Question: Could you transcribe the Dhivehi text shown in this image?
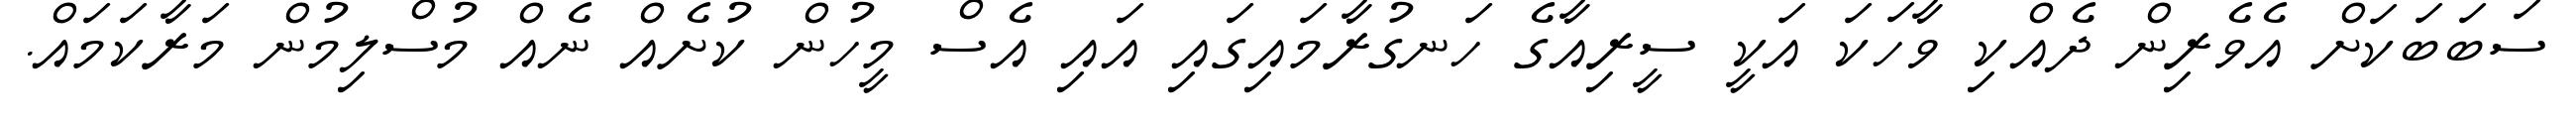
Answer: ސަބަބަކަށް އެވެރިން ދެއްކި ވާހަކަ އަކީ ސީރިއާގެ ހަނގުރާމައިގައި އައި އެސް މީހުން ކުށެއް ނެއް މުސްލިމުން މަރާކަމައް.